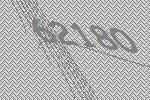
62180